Vital statistics of India. Vol. VI, European troops 1870-79
Year: 1870
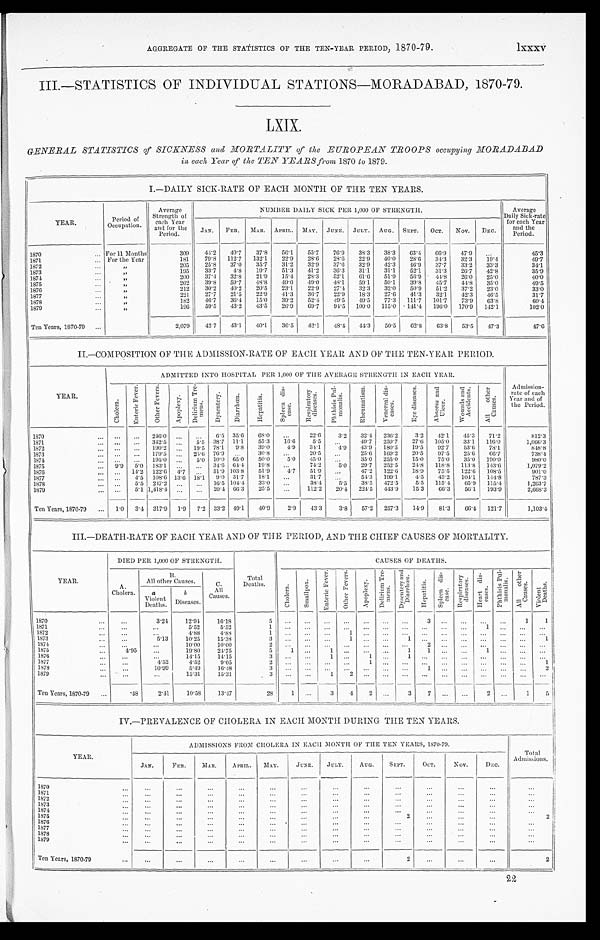
AGGREGATE OF THE STATISTICS OF THE TEN-YEAR PERIOD, 1870-79.
lxxxv
III.—STATISTICS OF INDIVIDUAL STATIONS—MORADABAD, 1870-79.
LXIX.
GENERAL STATISTICS of SICKNESS and MORTALITY of the EUROPEAN TROOPS occupying MORADABAD
in each Year of the TEN YEARS from 1870 to 1879.
I.—DAILY SICK-RATE OF EACH MONTH OF THE TEN YEARS.
YEAR.
Period of
Occupation.
Average
Strength of
each Year
and for the
Period.
NUMBER DAILY SICK PER 1,000 OF STRENGTH.
Average
Daily Sick-rate
for each Year
and the
Period.
JAN. FEB. MAR. APRIL. MAY. JUNE. JULY. AUG. SEPT. OCT. NOV. DEC.
1870
For 11 Months
309 44.2 40.7 37.8 56.1 55.7 76.9 38.3 38.3 63.4
6 6 . 9 47.9
45.3
1871
For the Year
181 79.8 112.7 132.1 22.9 28.6 28.6 22.9 40.0 28.6
3 4 . 3 32.3 19.4
4 9 . 7
1872
„
205 25.8 37.0 35.7 31.2 32.9 37.6 32.9 42.3 46.9 37.7 33.2 33.3
3 4 . 1
1873
„
195 33.7 4.8 19.7 51.3 41.2 36.3 31.1 31.1 52.1 31.3 26.7 42.8
3 5 . 9
1874
„
2 0 0 37.4 32.8 21.9 15.4 28.3 52.1 61.6 51.9 56.9 44.8 26.0 25.0
4 0 . 0
1875
„
202 39.8 59.7 48.8 49.0 49.0 48.1 59.1 59.1 39.8 45.7 44.8 35.0
49.5
1876
„
212 30.2 40.2 20.5 23.1 22.9 27.4 32.3 32.0 50.9 51.2 37.2 23.0
3 3 . 0
1877
„
221 27.7 21.5 22.9 41.3 36.7 22.9 18.3 27.6 41.3 32.1 42.3 46.5
31.7
1878
„
182 46.7 36.4 15.0 39.2 52.4 49.5 49.5 77.3 111.7 101.7 73.9 63.8
60.4
1879
„
196 59.5 43.2 43.5 26.9 69.7 94.5 100.0 115.0 141.4 196.0 170.9 142.1
1 0 2 . 0
Ten Years, 1870-79
2,079 42.7 43.1 40.1 36.5 42.1 48.4 44.3 50.5 62.8 63.8 53.5 47.3
47.6
II—COMPOSITION OF THE ADMISSION-RATE OF EACH YEAR AND OF THE TEN-YEAR PERIOD.
YEAR.
ADMITTED INTO HOSPITAL PER 1,000 OF THE AVERAGE STRENGTH IN EACH YEAR.
Admission-
rate of each
Year and of
the Period.
C h o l e r a .
E n t e r i c F e v e r .
O t h e r F e v e r s .
Apoplexy.
D e l i r i u m T r e -
m e n t s .
D y s e n t e r y . D i a r r h œ a .
H e p a t i t i s .
S p l e e n d i s -
e a s e .
R e s p i r a t o r y
d i s e a s e s .
P h t h i s i s P u l -
m o n a l i s .
R h e u m a t i s m .
V e n e r e a l d i s -
e a s e s .
E y e d i s e a s e s .
A b s c e s s a n d U l c e r .
W o u n d s a n d
A c c i d e n t s .
A l l o t h e r
C a u s e s .
1870
246.0
6.5 35.6 68.0
22.6
3.2 32.4 236.2
3.2 42.1 45.3 71.2
812.3
1871
342.5
5.5
3 8 . 7 11.1 55.3 16.6
5.5
49.7 259.7 27.6 105.0 33.1 116.0
1,066.3
1872
190.2
19.5 78.1 9.8 39.0 4.9 34.1
4.9 43.9 180.5 19.5 92.7 53.6 78.1
848.8
1873
179.5
25.6 76.9
30.8
20.5
25.6 169.2 20.5 97.5 25.6 66.7
738.4
1874
195.0
5.0 10.0 65.0 50.0 5.0 45.0
35.0 255.0 15.0 75.0 35.0 190.0
9 8 0 . 0
1875
9.9 5.0 183.1
34.6 64.4 19.8
74.2 5.0 29.7 252.5 24.8 118.8 113.8 143.6
1,079.2
1876
14.2 122.6 4.7
51.9 1 0 3 . 8 51.9
4.7 51.9
47.9 122.6 18.9 75.5 122.6 108.5
901.0
1877
4.5 108.6 13.6 18.1 9.0 31.7 18.1
31.7
54.3 199.1 4.5 45.2 104.1 144.8
787.3
1878
5.5 217.2
16.5 104.4 33.0
38.4 5.5 38.5
472. 5 5.5 115.4 65.9 115.4
1,263.7
1879
5.1 1,418.4
20.44 66.3 25.5
112.2 20.4 224.5 443.9 15.3 66.3 56.1 193.9
2 , 6 6 8 . 3
Ten Years, 1870-79
1.0 3.4 317.9 1.9 7.2 33.2 49.1 40.9 2.9 43.3 3.8 57.2 257.3 14.9 81.3 66.4 121.7
1 , 1 0 3 . 4
III.—DEATH-RATE OF EACH YEAR AND OF THE PERIOD, AND THE CHIEF CAUSES OF MORTALITY.
DIED PER 1,000 OF STRENGTH.
CAUSES OF DEATHS.
YEAR.
A.
Cholera.
B.
All other Causes .
C. A l l
Causes.
Total
Deaths.
C h o l e r a .
S m a l l p o x .
E n t e r i c F e v e r . O t h e r F e v e r .
A p o p l e x y .
D e l i r i u m T r e -
m e n s . D y s e n t e r y a n d
D i a r r h œ a .
H e p a t i t i s .
S p l e e n d i s -
e a s e .
R e s p i r a t o r y
d i s e a s e s .
H e a r t d i s -
c a s e s . P h t h i s i s P u l -
m o n a l i s .
A l l o t h e r
C a u s e s .
V i o l e n t
D e a t h s .
a
Violent D e a t h s
b
Diseases.
1870
3.24 12.94 16.18
5
3
1 1
1871
5.52
5.52
1
1
1872
4.88
4.88
1
1
1 8 7 3
5.13
10.25 15.38
3
1
1
1
1 8 7 4
10.00 10.00
2
2
1875
4.95
19.80 24.75
5
1
1
1 1
1
1876
14.15
14.15
3
1
1
1
1877
4.52
4.52
9.05
2
1
1
1878
10.99
5.49 16.48
3
1
2
1 8 7 9
15.31 15.31
3
1
2
Ten Years, 1870-79
.48
2.41 10.58 13.47
28
1
3
4 2
3 7
2
1
5
IV.—PREVALENCE OF CHOLERA IN EACH MONTH DURING THE TEN YEARS.
YEAR.
ADMISSIONS FROM CHOLERA IN EACH. MONTH OF THE TEN YEARS, 1870-79.
Total
Admissions.
JAN.
FEB. MAR. APRIL.
M A Y .
JUNE. JULY.AUG. SEPT.
OCT.
NOV.
DEC.
1870
1871 1872 1873 1874
1875
2
2
1876
1877
1 8 7 8
1 8 7 9
Ten Years, 1870-79
2
2
22